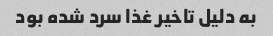
به دلیل تاخیر غذا سرد شده بود